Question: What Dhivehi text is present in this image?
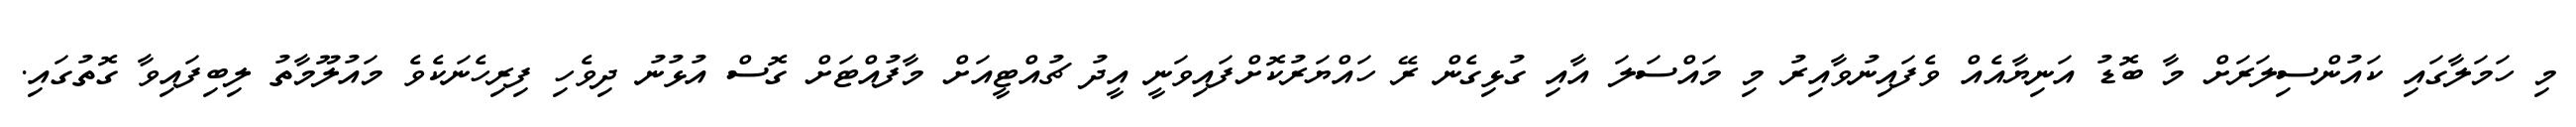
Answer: މި ހަމަލާގައި ކައުންސިލަރަށް މާ ބޮޑު އަނިޔާއެއް ވެފައިނުވާއިރު މި މައްސަލަ އާއި ގުޅިގެން ރޭ ހައްޔަރުކޮށްފައިވަނީ އީދު ޗުއްޓީއަށް މާފުއްޓަށް ގޮސް އުޅުނު ދިވެހި ފިރިހެނަކެވެ މައުލޫމާތު ލިބިފައިވާ ގޮތުގައި.